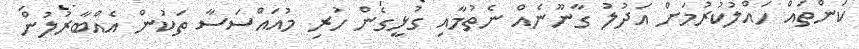
ކަންތައް ހައްލުކުރުމަށް އަދުލު ގާނޫނެއް ނެތުމާއި ގުޅީގެން ހުރި މުއައްސަސާ ތަކުން އެއްބާރުލުން